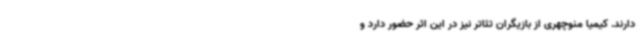
دارند. کیمیا منوچهری از بازیگران تئاتر نیز در این اثر حضور دارد و